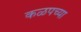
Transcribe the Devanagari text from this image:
कळपच्या